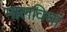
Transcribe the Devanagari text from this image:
मालवियां